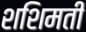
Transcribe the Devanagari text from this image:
शशिमती